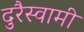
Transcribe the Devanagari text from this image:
दुरैस्वामी